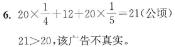
$6.20\times\frac{1}{4}+12\div20\times\frac{1}{5}=21$(公顷)\\
$21>20,$该广告不真实.